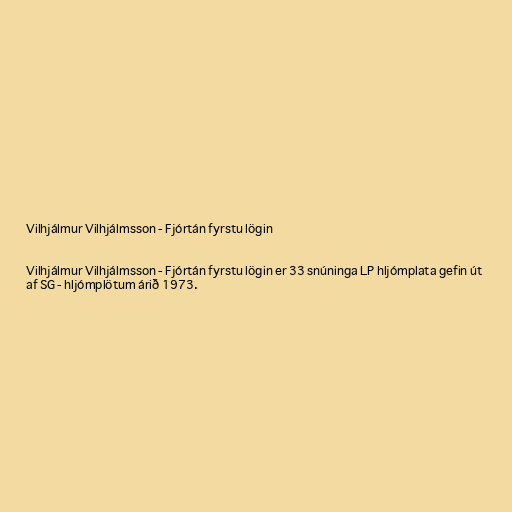
Vilhjálmur Vilhjálmsson - Fjórtán fyrstu lögin

Vilhjálmur Vilhjálmsson - Fjórtán fyrstu lögin er 33 snúninga LP hljómplata gefin út
af SG - hljómplötum árið 1973.